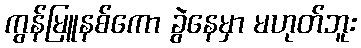
ကွန်မြူနစ်ကော ခွဲနေမှာ မဟုတ်ဘူး